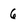
Character: 6